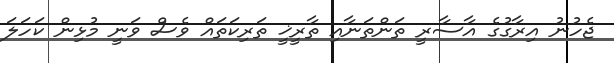
ޖެހުނު އިރާގުގެ އާސާރީ ތަންތަނާއި ތާރީޚީ ތަރިކަތައް ވެސް ވަނީ މުޅިން ކަހަލަ